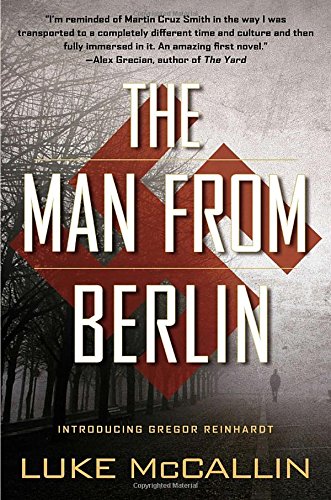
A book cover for The Man From Berlin (A Gregor Reinhardt Novel); Luke McCallin; Mystery, Thriller & Suspense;